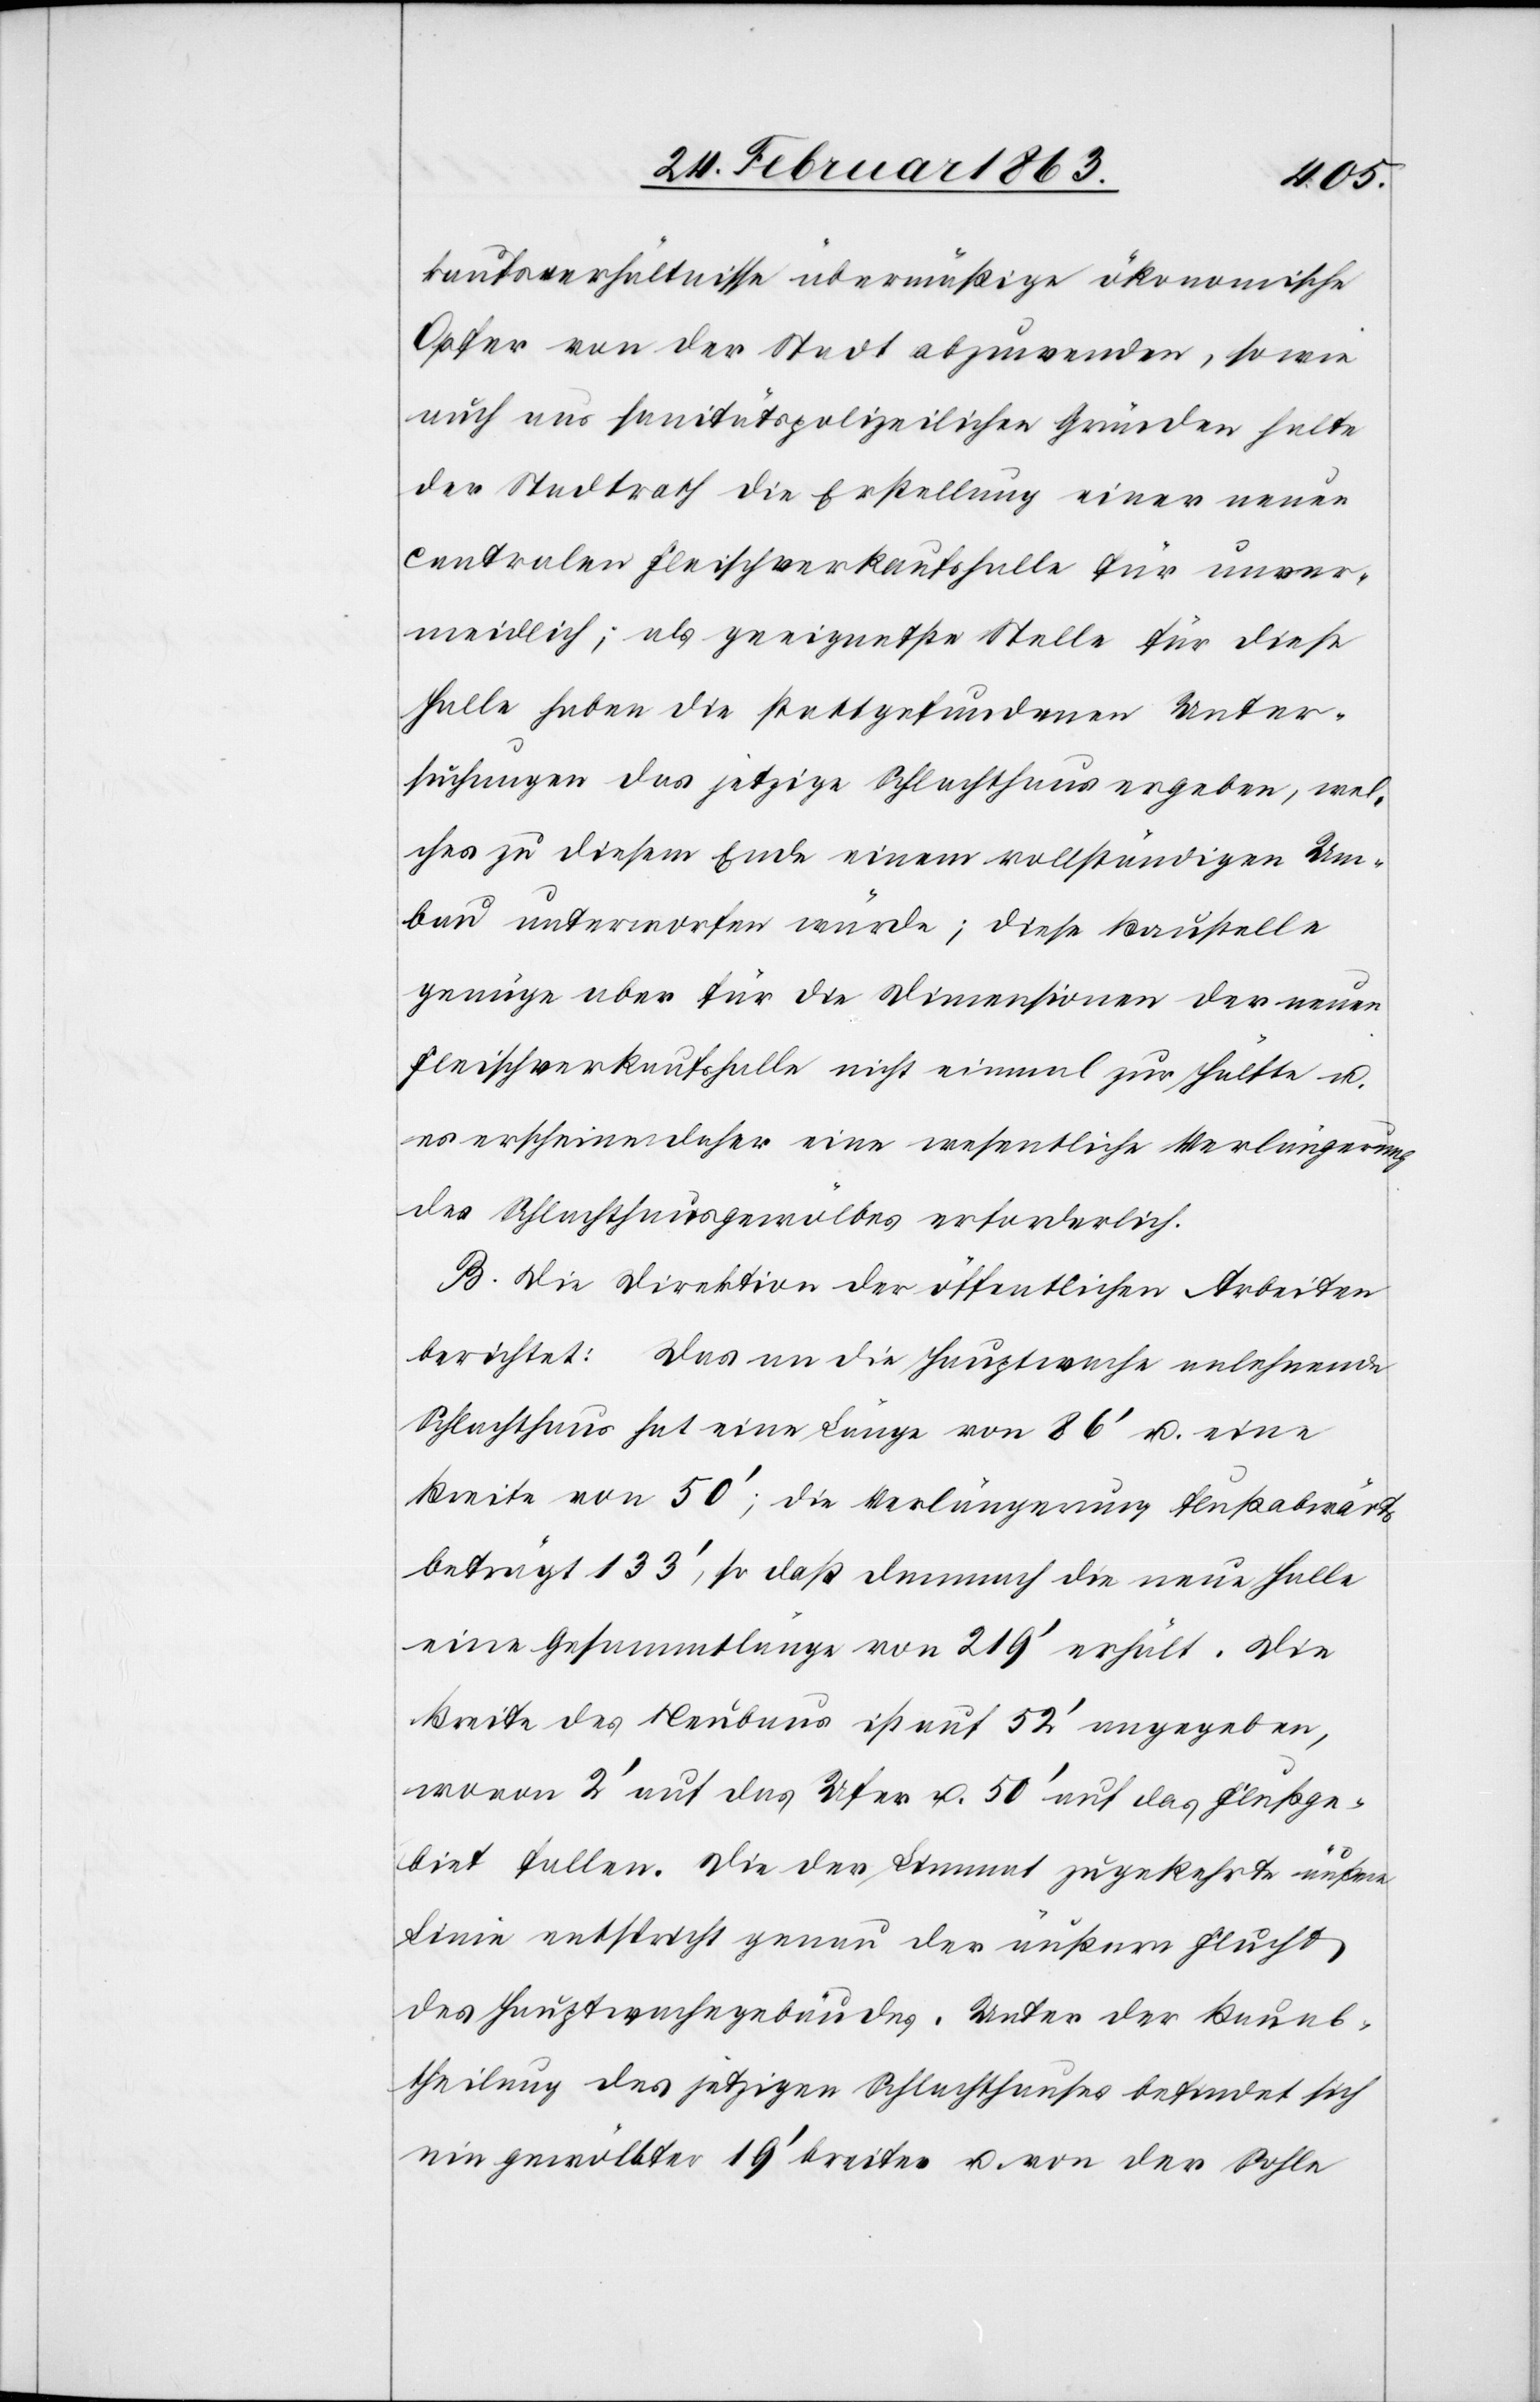
kaufsverhältnisse übermäßige ökonomische
Opfer von der Stadt abzuwenden, sowie
auch aus sanitätspolizeilichen Gründen halte
der Stadtrath die Erstellung einer neuen
centralen Fleischverkaufshalle für unver¬
meidlich; als geeignetste Stelle für diese
Halle haben die stattgefundenen Unter¬
suchungen das jetzige Schlachthaus ergeben, wel¬
ches zu diesem Ende einem vollständigen Um¬
bau unterworfen würde; diese Baustelle
genüge aber für die Dimensionen der neuen
Fleischverkaufshalle nicht einmal zur Hälfte u.
es erscheine daher eine wesentliche Verlängerung
des Schlachthausgewölbes erforderlich.
B. Die Direktion der öffentlichen Arbeiten
berichtet: Das an die Hauptwache anlehnende
Schlachthaus hat eine Länge von 86' u. eine
Breite von 50'; die Verlängerung flußabwärts
beträgt 133', so daß demnach die neue Halle
eine Gesammtlänge von 219' erhält. Die
Breite des Neubaus ist auf 52' angegeben,
woran 2' auf das Ufer u. 50' auf das Flußge¬
biet fallen. Die der Limmat zugekehrte äußere
Linie entspricht genau der äußern Flucht
des Hauptwachegebäudes. Unter der Bauab¬
theilung des jetzigen Schlachthauses befindet sich
ein gewölbter 19' breiter u. von der Sohle